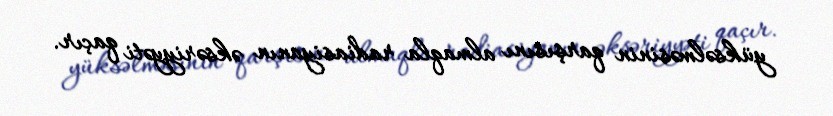
yüksəlməsinin qarşısını almaqla radiasiyanın əksəriyyəti qaçır.